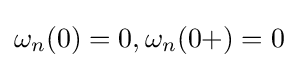
\omega _{n}(0)=0,\omega _{n}(0+)=0